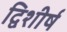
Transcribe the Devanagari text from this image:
द्विशीर्ष